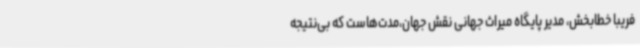
فریبا خطابخش، مدیر پایگاه میراث جهانی نقش جهان،مدت‌هاست که بی‌نتیجه